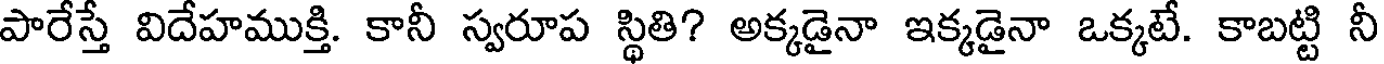
పారేస్తే విదేహముక్తి. కానీ స్వరూప స్థితి? అక్కడైనా ఇక్కడైనా ఒక్కటే. కాబట్టి నీ